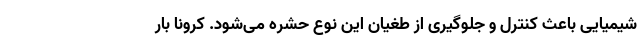
شیمیایی باعث کنترل و جلوگیری از طغیان این نوع حشره می‌شود. کرونا بار